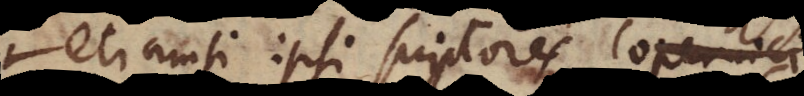
etiamsi ipsi scriptores Copernici